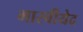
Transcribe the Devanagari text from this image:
भास्वीयेद